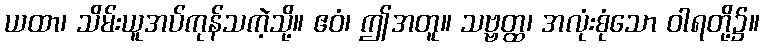
ယထာ၊ သိမ်းယူအပ်ကုန်သကဲ့သို့။ ဧဝံ၊ ဤအတူ။ သဗ္ဗတ္ထ၊ အလုံးစုံသော ဝါရတို့၌။